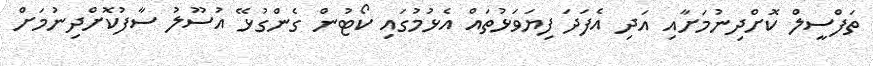
ތަފްސީލް ކޮށްދިނުމަށާއި އަދި އެފަދަ ފިޔަވަޅުތައް އެޅުމުގައި ކޯޓުން ގެންގުޅޭ އުސޫލު ސާފުކޮށްދިނުމަށް